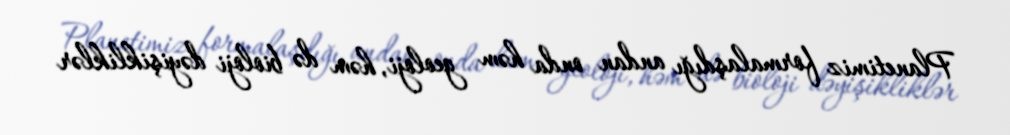
Planetimiz formalaşdığı andan onda həm geoloji, həm də bioloji dəyişikliklər